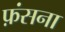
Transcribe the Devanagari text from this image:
फ़ंसना